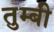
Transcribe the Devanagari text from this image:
तुम्बी